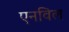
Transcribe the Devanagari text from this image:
एनविल